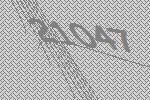
21047